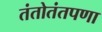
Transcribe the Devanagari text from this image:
तंतोतंतपणा